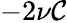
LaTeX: -2\nu\mathcal{C}